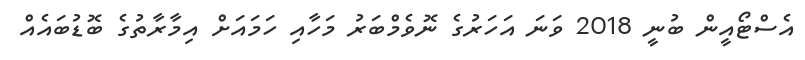
އެސްޓޯއީން ބުނީ 2018 ވަނަ އަހަރުގެ ނޮވެމްބަރު މަަހާއި ހަމައަށް އިމާރާތުގެ ބޮޑުބައެއް